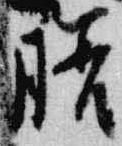
膳